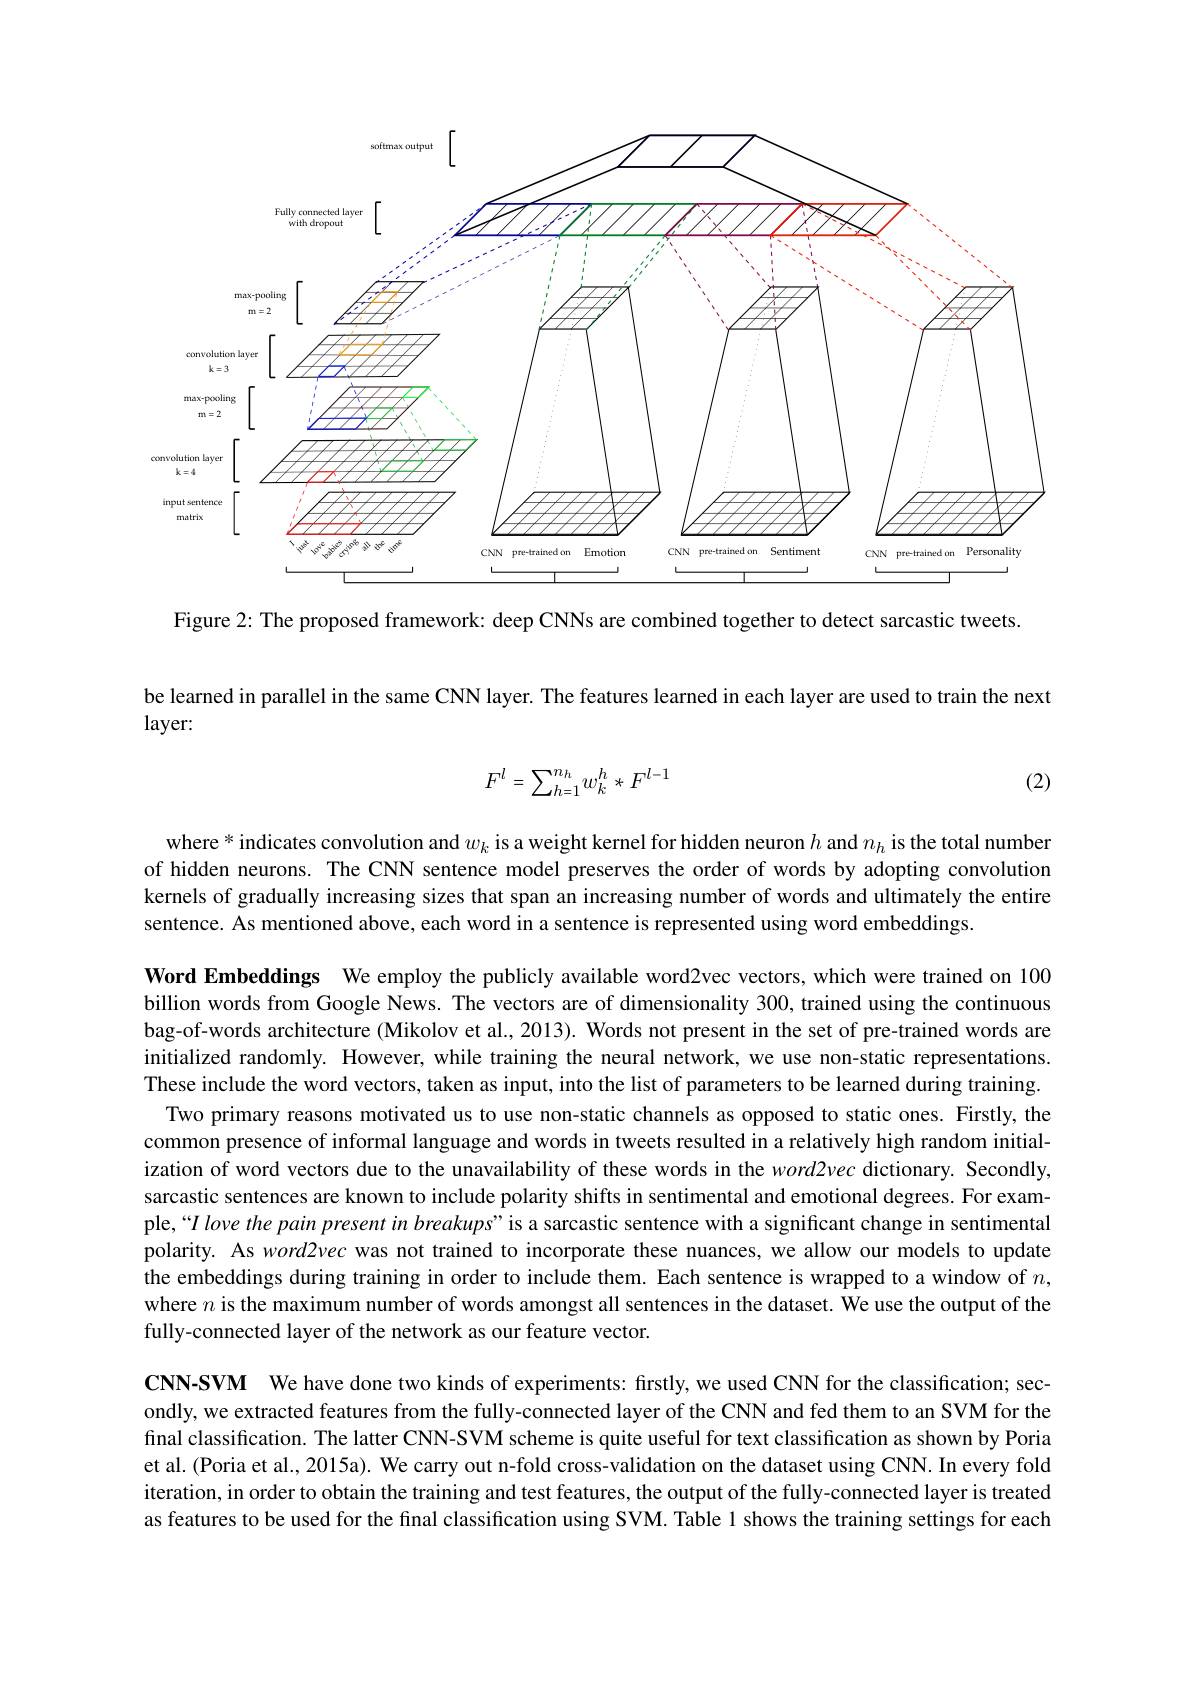
<FigureHere>

Figure 2: The proposed framework: deep CNNs are combined together to detect sarcastic tweets.

be learned in parallel in the same CNN layer. The features learned in each layer are used to train the next
layer:
$$F^l=\sum_{h=1}^{n_h}w_k^h*F^{l-1}$$
(2)

where * indicates convolution and $w_k$ is a weight kernel for hidden neuron $h$ and $n_h$ is the total number of hidden neurons. The CNN sentence model preserves the order of words by adopting convolution kernels of gradually increasing sizes that span an increasing number of words and ultimately the entire sentence. As mentioned above, each word in a sentence is represented using word embeddings.

Word Embeddings We employ the publicly available word2vec vectors, which were trained on 100 billion words from Google News. The vectors are of dimensionality 300, trained using the continuous bag-of-words architecture (Mikolov et al., 2013). Words not present in the set of pre-trained words are initialized randomly. However, while training the neural network, we use non-static representations. These include the word vectors, taken as input, into the list of parameters to be learned during training.
Two primary reasons motivated us to use non-static channels as opposed to static ones. Firstly, the common presence of informal language and words in tweets resulted in a relatively high random initialization of word vectors due to the unavailability of these words in the word2vec dictionary. Secondly, sarcastic sentences are known to include polarity shifts in sentimental and emotional degrees. For example,“$I\textit{love the pain present in breakups" is a sarcastic sentence with a significant change in sentimental}$ polarity. As word2vec was not trained to incorporate these nuances, we allow our models to update the embeddings during training in order to include them. Each sentence is wrapped to a window of $n$, where $n$ is the maximum number of words amongst all sentences in the dataset. We use the output of the fully-connected layer of the network as our feature vector.

CNN-SVM We have done two kinds of experiments: firstly, we used CNN for the classification; secondly, we extracted features from the fully-connected layer of the CNN and fed them to an SVM for the final classification. The latter CNN-SVM scheme is quite useful for text classification as shown by Poria et al. (Poria et al., 2015a). We carry out n-fold cross-validation on the dataset using CNN. In every fold iteration, in order to obtain the training and test features, the output of the fully-connected layer is treated as features to be used for the final classification using SVM. Table 1 shows the training settings for each